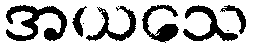
အယသေ